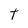
Character: t